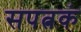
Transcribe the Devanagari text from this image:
सपत्नकं